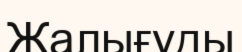
Жалығуды